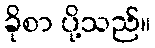
ခိုစာ ပို့သည်။